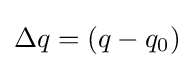
\Delta q=(q-q_{0})